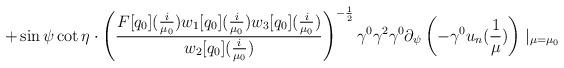
LaTeX: \begin{align*}+\sin\psi\cot\eta\cdot\left(\frac{F[q_{0}](\frac{i}{\mu_{0}})w_{1}[q_{0}](\frac{i}{\mu_{0}})w_{3}[q_{0}](\frac{i}{\mu_{0}})}{w_{2}[q_{0}](\frac{i}{\mu_{0}})}\right)^{-\frac{1}{2}}\gamma^{0}\gamma^{2}\gamma^{0}\partial_{\psi}\left(-\gamma^{0}u_{n}(\frac{1}{\mu})\right)\mid_{\mu=\mu_{0}}\end{align*}